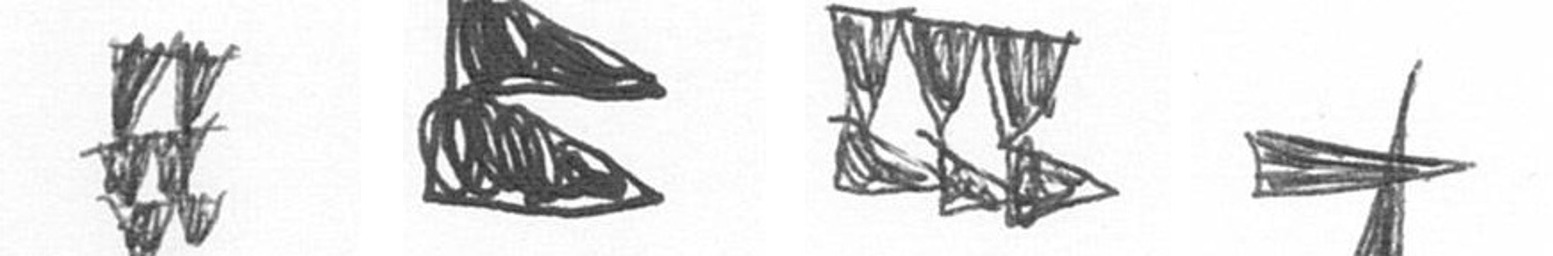
Y P D G